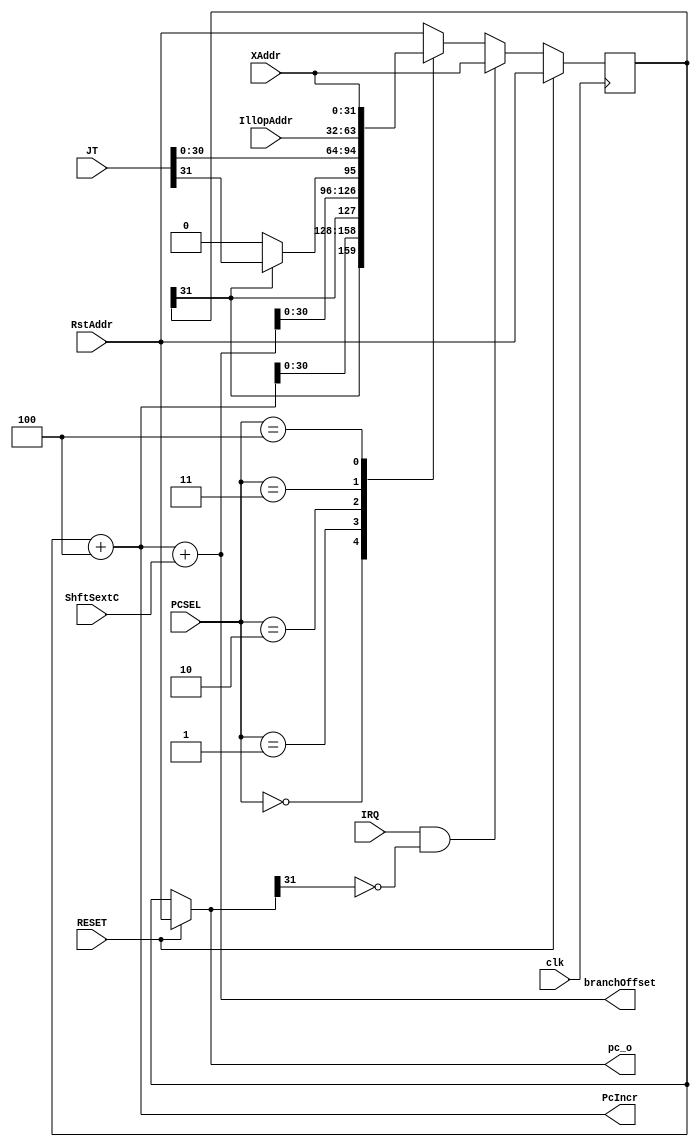
module ProgramCounter #(
			parameter ARCHITECTURE = 32 
			)(
			  input wire 			 RESET, // Resets PC to 0x0
			  input wire 			 clk, // Global clk
			  input wire [2:0] 		 PCSEL, // Selects source of next PC 
			  input wire [31:0] 		 XAddr,
			  input wire [31:0] 		 RstAddr,
			  input wire [31:0] 		 IllOpAddr,
			  input wire 			 IRQ,
			  input wire [31:0] 		 JT,
			  input wire [31:0] 		 ShftSextC, // 4*SextC 

			  output wire [ARCHITECTURE-1:0] pc_o, // Program counter output
			  output wire [31:0] 		 PcIncr,
			  output wire [31:0] 		 branchOffset
			  );
   
   reg [31:0] 						 pc;
   
   wire 						 MsbJt;
   
   assign pc_o = RESET ? RstAddr : pc;
   assign PcIncr = pc + 32'h00000004;
   assign MsbJt = pc[31] ?  JT[31] : pc[31];
   assign branchOffset = PcIncr + ShftSextC;

   always @(posedge clk) begin
       if (RESET) begin
	   pc = RstAddr;
       end else if (IRQ & ~pc_o[31]) begin
	   pc = XAddr;
       end else begin
	   case (PCSEL)
	     3'b000:
	       pc = {{pc[31]}, {PcIncr[30:0]}};
	     3'b001:
	       pc = {{pc[31]}, {branchOffset[30:0]}};
	     3'b010:
	       pc = {{MsbJt}, {JT[30:0]}};
	     3'b011:
	       pc = IllOpAddr;
	     3'b100:
	       pc = XAddr;
	     default:
	       pc = RstAddr;
	   endcase // case (PCSEL)
       end // else: !if(RESET)
   end // always @ (*)
endmodule